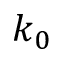
k _ { 0 }